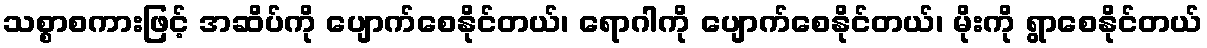
သစ္စာစကားဖြင့် အဆိပ်ကို ပျောက်စေနိုင်တယ်၊ ရောဂါကို ပျောက်စေနိုင်တယ်၊ မိုးကို ရွာစေနိုင်တယ်